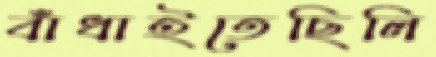
বাঁধাইতেছিলি